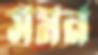
সমন